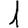
Digit: 1